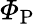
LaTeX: \varPhi_{\mathrm{P}}